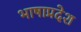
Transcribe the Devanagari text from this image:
भाषाप्रदेश